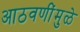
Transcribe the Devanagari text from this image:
आठवणींमुळे